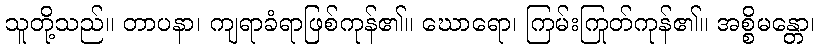
သူတို့သည်။ တာပနာ၊ ကျရာခံရာဖြစ်ကုန်၏။ ဃောရော၊ ကြမ်းကြုတ်ကုန်၏။ အစ္စိမန္တော၊